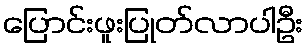
ပြောင်းဖူးပြုတ်လာပါဦး